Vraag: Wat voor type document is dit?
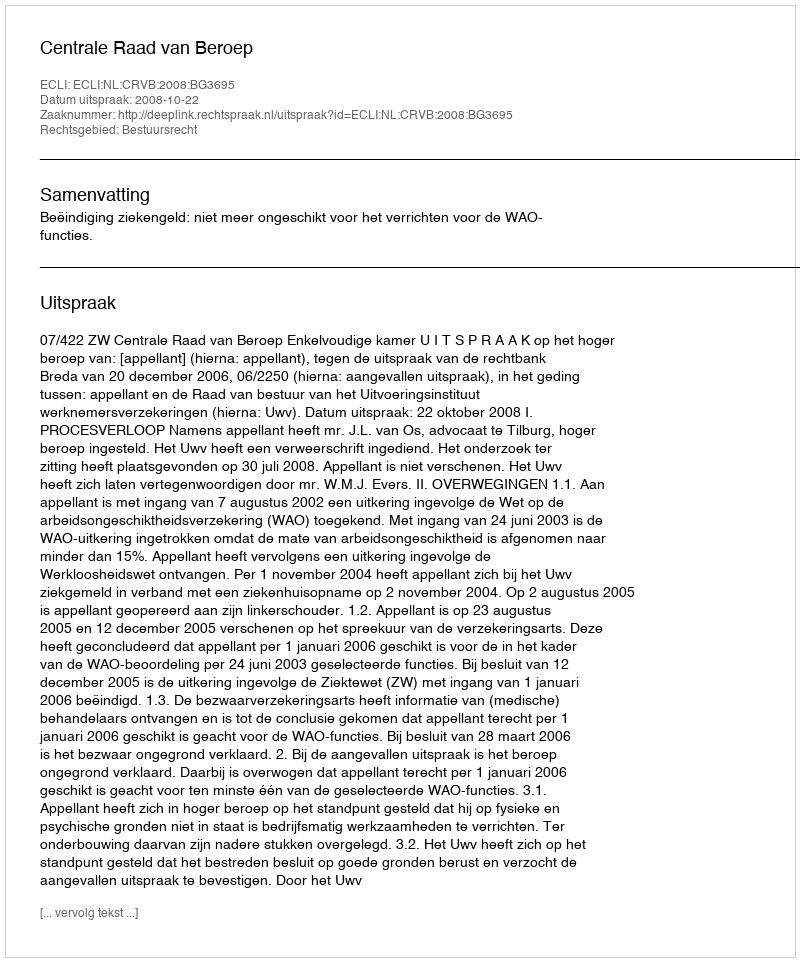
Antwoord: Uitspraak